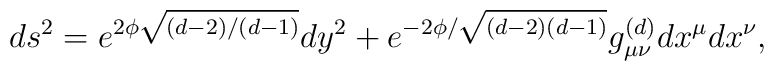
ds^2 = e^{2\phi \sqrt{(d-2)/(d-1)}} dy^2 + e^{-2\phi /\sqrt{(d-2)(d-1)}}g^{(d)}_{\mu \nu} d x^{\mu} d x^{\nu},